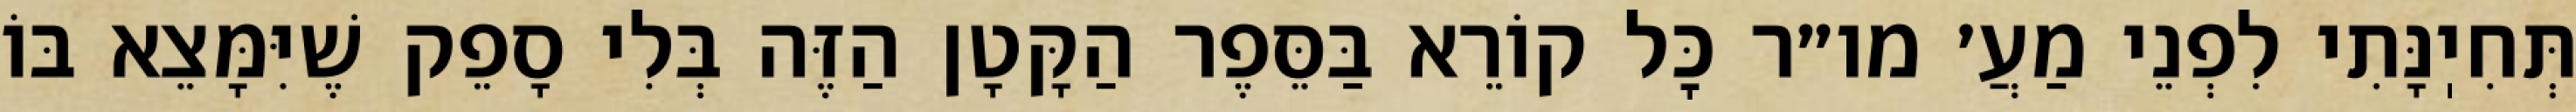
תְּחִיֽנָּתִי לִפְנֵי מַעֲ׳ מו״ר כׇּל קוֹרֵא בַּסֵּפֶר הַקָּטָן הַזֶּה בְּלִי סָפֵק שֶׁיִּמָּצֵא בּוֹ